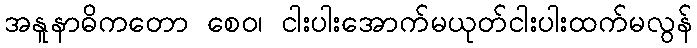
အနူနာဓိကတော စေဝ၊ ငါးပါးအောက်မယုတ်ငါးပါးထက်မလွန်